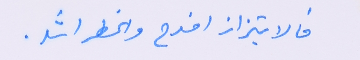
فالابتزاز افدح والخطر اشد.